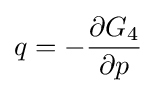
q=-{\frac {\partial G_{4}}{\partial p}}